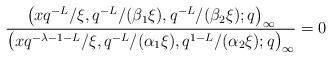
LaTeX: \begin{align*}& \frac{\big(x q^{-L}/\xi, q^{-L}/(\beta_1 \xi ), q^{-L}/(\beta_2 \xi ) ;q\big)_{\infty}}{\big(x q^{-\lambda -1-L} / \xi, q^{-L}/(\alpha_1 \xi ), q^{1-L}/(\alpha_2 \xi ) ;q\big)_{\infty}} =0\end{align*}